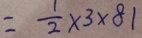
= \frac { 1 } { 2 } \times 3 \times 8 1